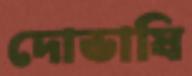
দোভাষি